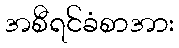
အစီရင်ခံစာအား